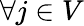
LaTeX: \forall j\in V